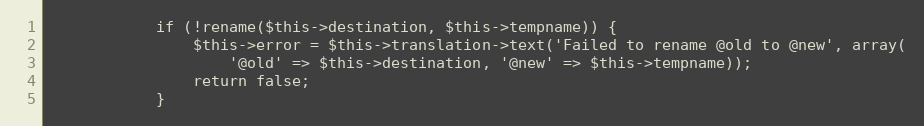
Language: PHP
            if (!rename($this->destination, $this->tempname)) {
                $this->error = $this->translation->text('Failed to rename @old to @new', array(
                    '@old' => $this->destination, '@new' => $this->tempname));
                return false;
            }